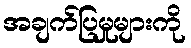
အချက်ပြမှုများကို